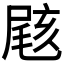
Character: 𡲼